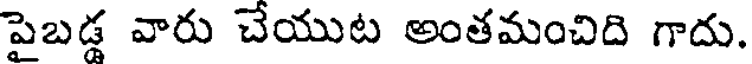
పైబడ్డ వారు చేయుట అంతమంచిది గాదు.